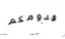
قدومكم